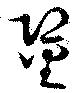
銎